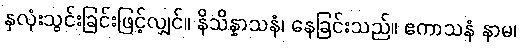
နှလုံးသွင်းခြင်းဖြင့်လျှင်။ နိသိန္နာသနံ၊ နေခြင်းသည်။ ဧကာသနံ နာမ၊